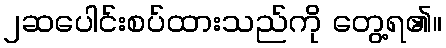
၂ဆပေါင်းစပ်ထားသည်ကို တွေ့ရ၏။